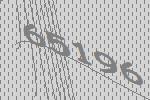
65196